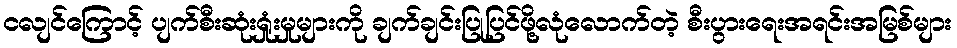
ငလျင်ကြောင့် ပျက်စီးဆုံးရှုံးမှုများကို ချက်ချင်းပြုပြင်ဖို့လုံလောက်တဲ့ စီးပွားရေးအရင်းအမြစ်များ